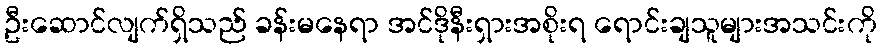
ဦးဆောင်လျက်ရှိသည် ခန်းမနေရာ အင်ဒိုနီးရှားအစိုးရ ရောင်းချသူများအသင်းကို